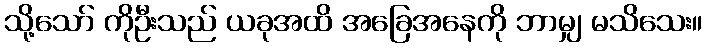
သို့သော် ကိုဦးသည် ယခုအထိ အခြေအနေကို ဘာမျှ မသိသေး။